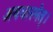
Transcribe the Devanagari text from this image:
अवधारमेत्।